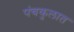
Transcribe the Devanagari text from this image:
पंचकुलात